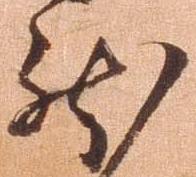
然